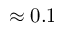
\approx 0 . 1